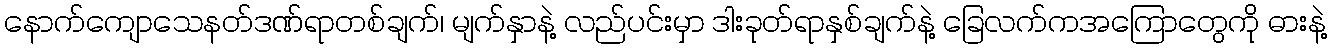
နောက်ကျောသေနတ်ဒဏ်ရာတစ်ချက်၊ မျက်နှာနဲ့ လည်ပင်းမှာ ဒါးခုတ်ရာနှစ်ချက်နဲ့ ခြေလက်ကအကြောတွေကို ဓားနဲ့